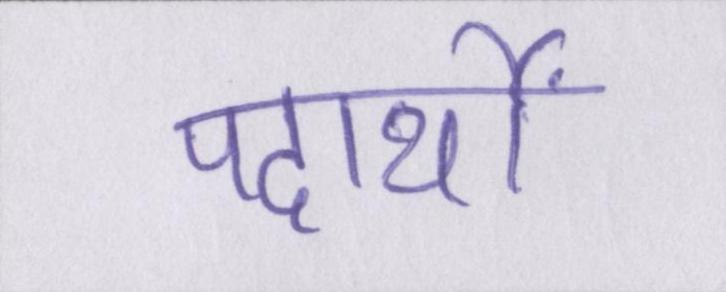
पदार्थों